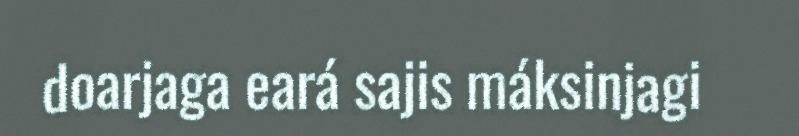
doarjaga eará sajis máksinjagi